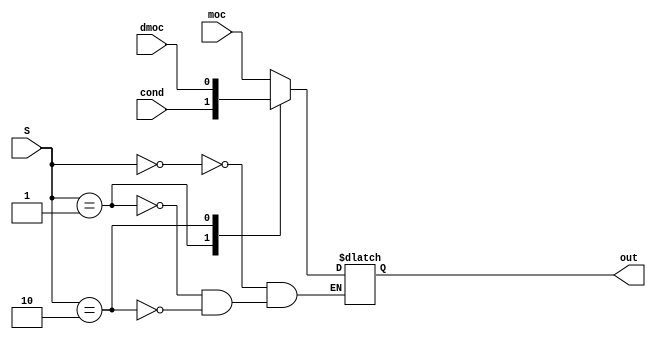
module Condition_Mux(output reg out, input [1:0] S, input moc, cond, dmoc); 
    always @ (moc,cond,dmoc,S)
        case(S)
            2'b00: out <= moc;
            2'b01: out <= cond;
            2'b10: out <= dmoc;
        endcase
    endmodule

module Inverter(output reg out, input inv, in);
    always @ (inv, in)
        if(inv)
            out <= ~in; 
        else out <= in;
    endmodule

module Next_State_Address_Selector(output reg [1:0]  M,  input sts, input[2:0] N);
    always @ (N, sts)
        case(N)
            3'b000: M <= 2'b00; //Encoder
            3'b001: M <= 2'b01; //Hard coded 1
            3'b010: M <= 2'b10; //CR
            3'b011: M <= 2'b11; //Adder
            3'b100: 
                if(!sts) M <= 2'b10; //CR
                else M <= 2'b00; //Encoder
            3'b101:
                if(!sts) M <= 2'b10; //CR
                else M <= 2'b01; //Hard Coded 1
            3'b110:
                if(!sts) M <= 2'b01; //Hard Coded 1
                else M <= 2'b11; //Adder
            3'b111:
                if(!sts) M <= 2'b10; // Control Register
                else M <= 2'b11; // Adder/incrementer
        endcase
    endmodule   

module State_Selector_Mux(output reg [6:0] state, input [1:0] M, input [6:0] Encoder, HC1, CR, Incrementer); 
    always @ (M,Encoder, HC1, CR, Incrementer)
        case(M)
            2'b00: state <= Encoder;
            2'b01: state <= HC1;
            2'b10: state <= CR;
            2'b11: state <= Incrementer;
        endcase
    endmodule  

module IncReg_Adder(output reg [6:0] N_state, input[6:0] C_state);
    always @ (C_state)
        N_state <= C_state + 7'd1;
    endmodule

module Incrementer_Reg(output reg [6:0] state, input[6:0] inc_state, input Ld, clk); 
    always @ (negedge clk)
        if(Ld)
            state <= inc_state; 
    endmodule

// module test;
//     reg moc, cond, dmoc, inv, Ld, clk; // can choose on test
//     reg [2:0] N; // can choose on test
//     reg [1:0] S; // can choose on test
//     reg [6:0] Encoder, HC1, CR; // can choose on test
//     wire [6:0] out_Mux_StateSlct, Incrementer, out_adder;
//     wire in_inv, sts;
//     wire [1:0] M; 

//     Condition_Mux cond_mux(in_inv, S, moc, cond, dmoc);
//     Inverter inverter(sts, inv, in_inv);
//     Next_State_Address_Selector nsas(M, sts, N);
//     State_Selector_Mux state_select_mux(out_Mux_StateSlct, M, Encoder, HC1, CR, Incrementer);
//     IncReg_Adder adder(out_adder, out_Mux_StateSlct);
//     Incrementer_Reg incr_reg(Incrementer, out_adder, Ld, clk);

//     initial #10 $finish;
//     initial begin
//         moc = 1'b0; 
//         cond = 1'b0;
//         dmoc = 1'b0;
//         inv = 1'b0;
//         Ld =  1'b1;
//         clk = 1'b0;
//         N = 3'b000;
//         S = 2'b00; 
//         Encoder = 7'd9; 
//         HC1= 7'd1;
//         CR = 7'd8;
//         repeat (10) #1 N = N + 3'b001;
//     end
//     initial begin 
//         forever #1 clk = ~clk;
//     end
//     initial fork 
//         #4 N = 3'b011;
//         #6 N = 3'b100;
//         #7 N = 3'b100;
//         #7 inv = ~inv; 
//     join 
//     initial begin
//         $display (" N    M   inv  state");  
//         $monitor (" %b  %b   %b  %d  ", N, M, inv, out_Mux_StateSlct);      
//     end
//     endmodule